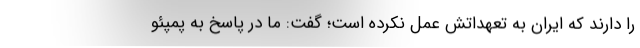
را دارند که ایران به تعهداتش عمل نکرده است؛ گفت: ما در پاسخ به پمپئو